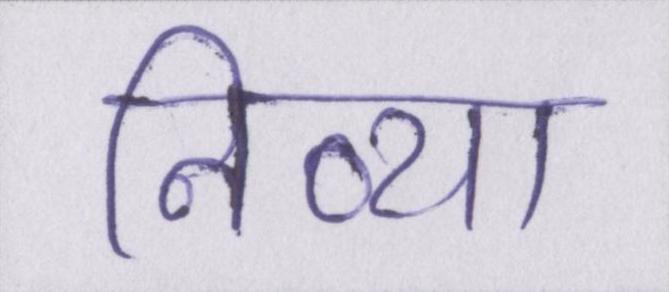
निव्या